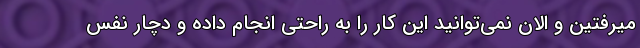
میرفتین و الان نمی‌توانید این کار را به راحتی انجام داده و دچار نفس